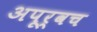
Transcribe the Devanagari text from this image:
अपूर्वच